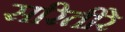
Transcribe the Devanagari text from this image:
सरितीरे